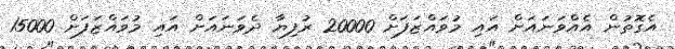
އެގޮތުން އެއްވަނައަށް އައި މުވައްޒަފަށް 20000 ރުފިޔާ ދެވަނައަށް އައި މުވައްޒަފަށް 15000